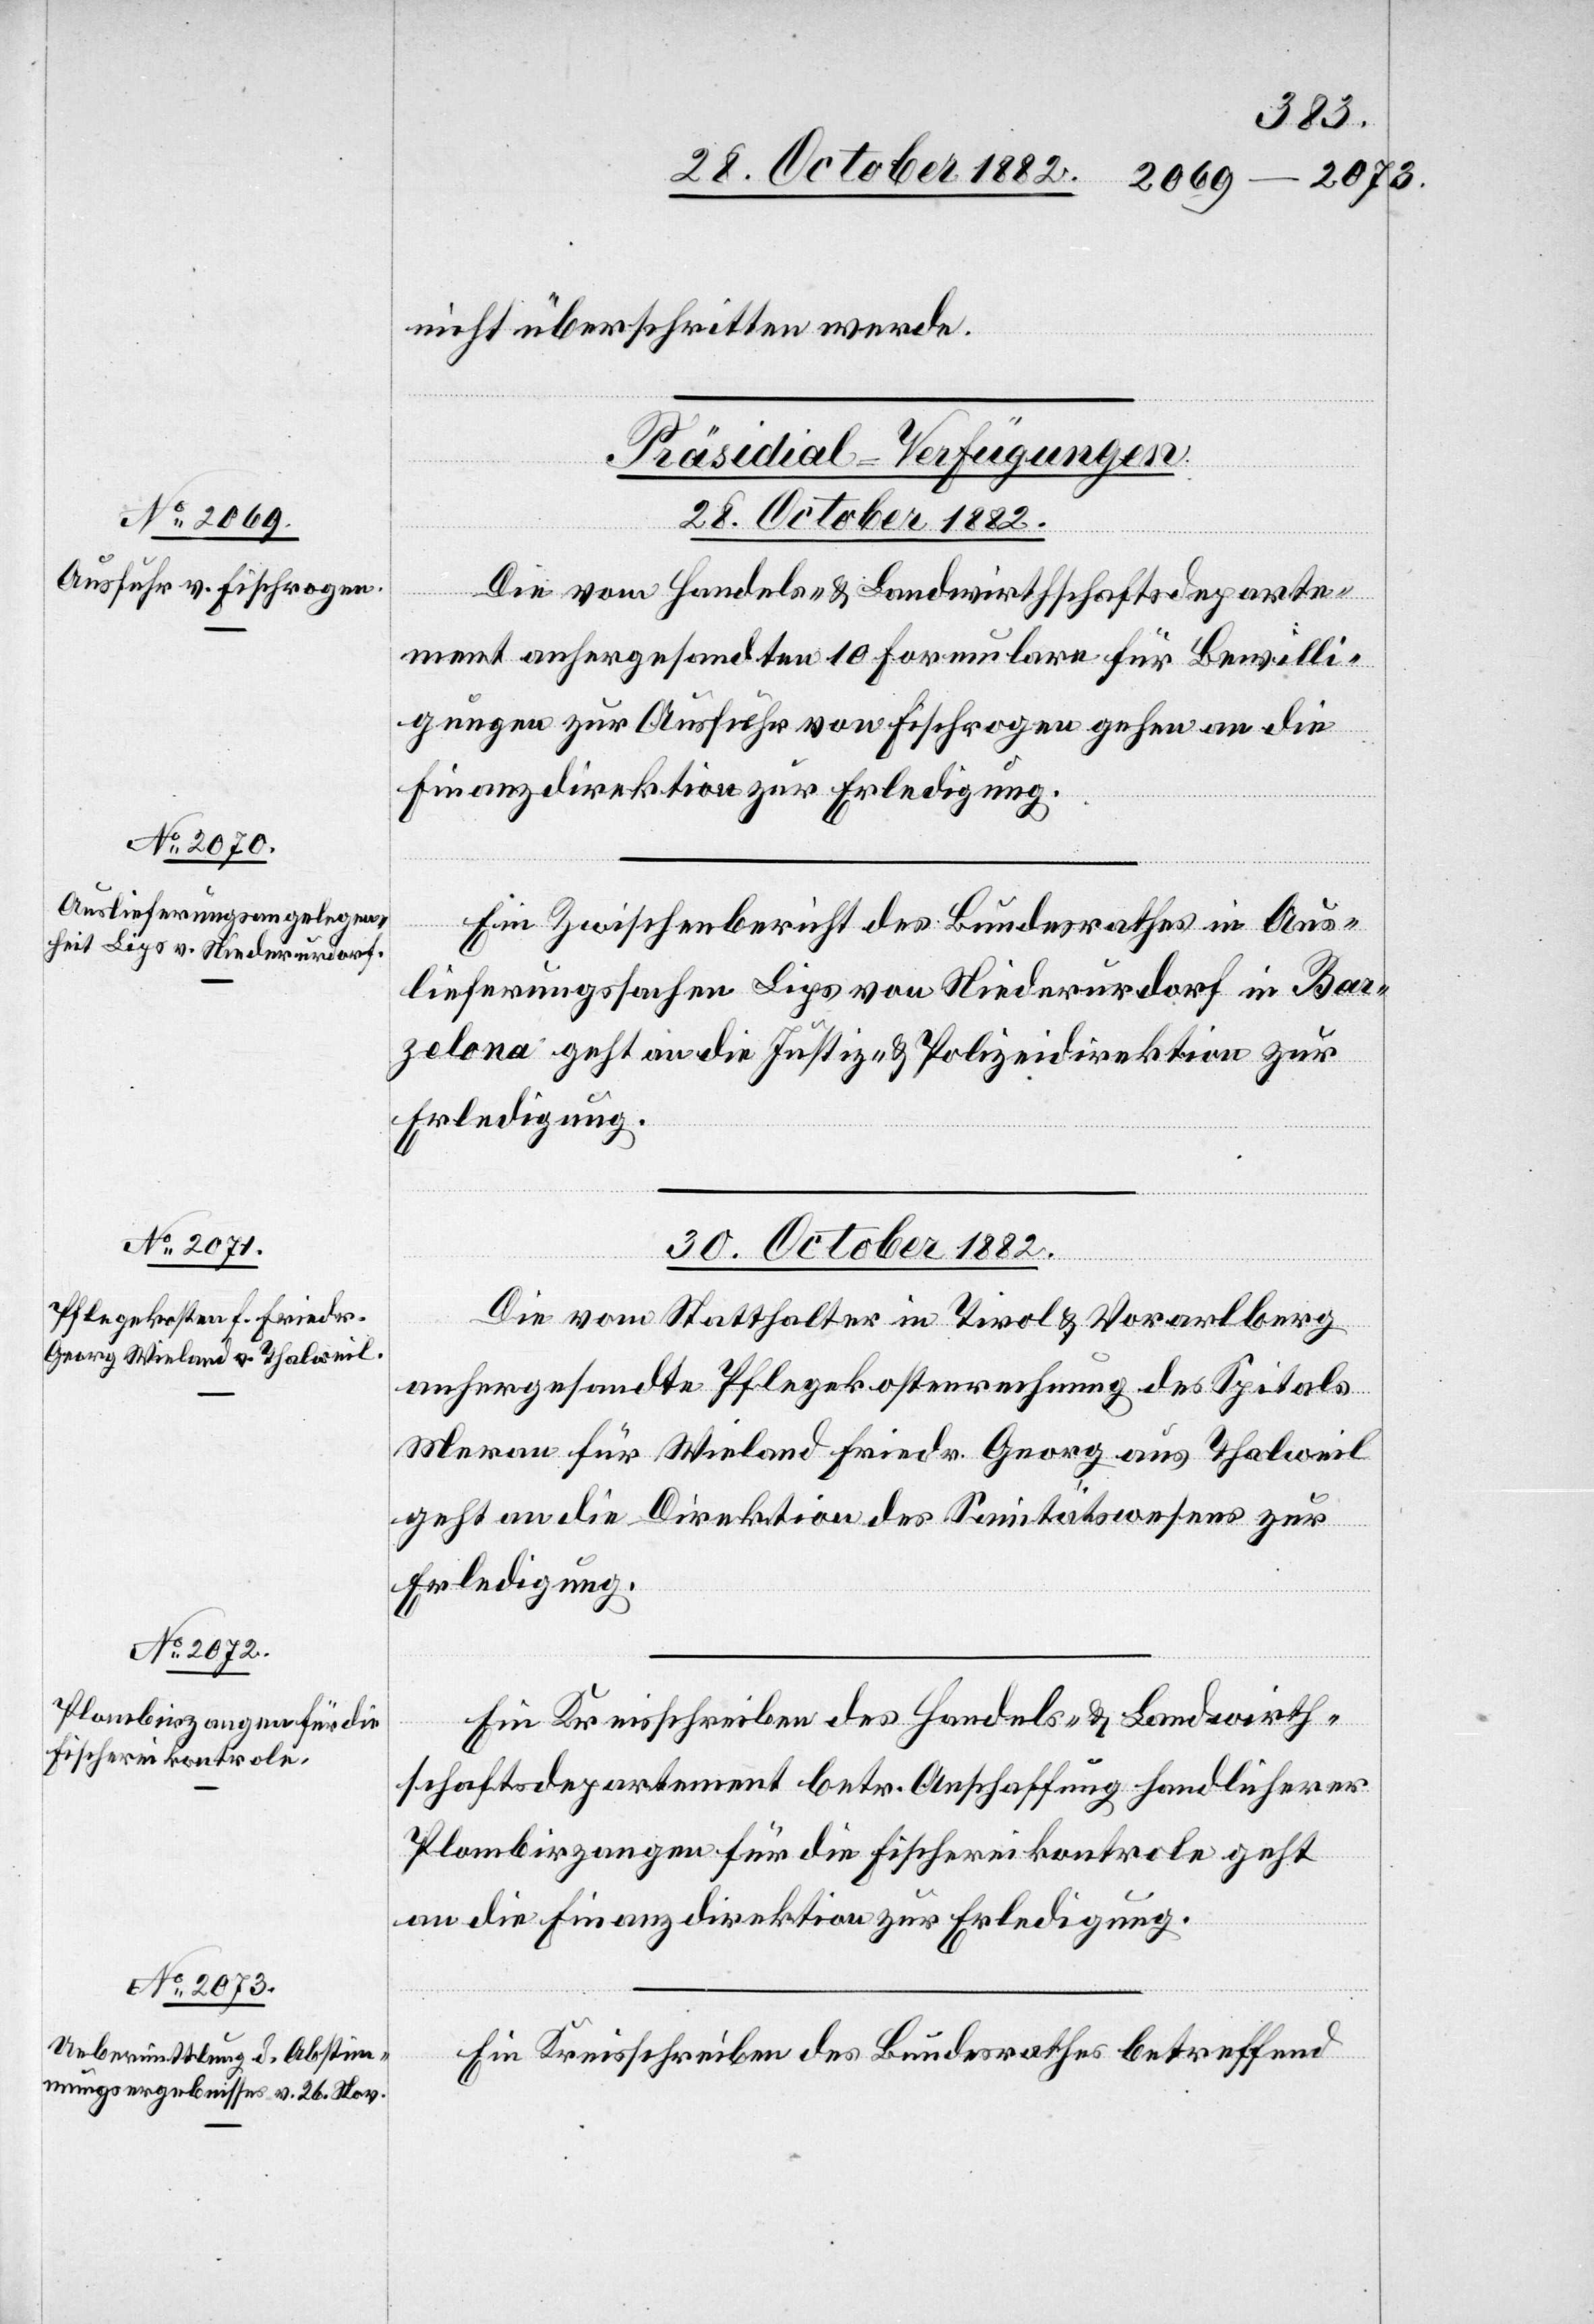
nicht überschritten werde.
[Präsidial-Verfügungen.
28. October 1882.]
Die vom Handels- & Landwirtschaftsdeparte¬
ment anhergesandten 10 Formulare für Bewilli¬
gungen zur Ausfuhr von Fischrogen gehen an die
Finanzdirektion zur Erledigung.
Ein Zwischenbericht des Bundesrathes in Aus¬
lieferungssachen Lips von Niederurdorf in Bar¬
zelona geht an die Justiz- & Polizeidirektion zur
Erledigung.
30. October 1882.]
Die vom Statthalter in Tirol & Vorarlberg
anhergesandten Pflegekostenrechnung des Spitals
Merau für Wieland Friedr. Georg aus Thalweil
geht an die Direktion des Sanitätswesens zur
Erledigung.
Ein Kreisschreiben des Handels- & Landwirth¬
schaftsdepartement betr. Anschaffung handlicherer
Plombirzangen für die Fischereikontrole geht
an die Finanzdirektion zur Erledigung.
Ein Schreiben des Bundesrathes betreffend